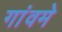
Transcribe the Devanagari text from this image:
गांवमे